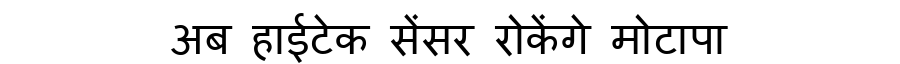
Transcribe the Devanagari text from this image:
अब हाईटेक सेंसर रोकेंगे मोटापा